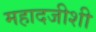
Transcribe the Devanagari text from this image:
महादजीशी